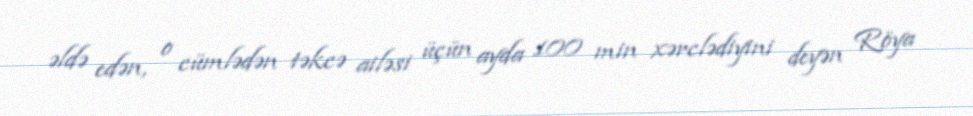
əldə edən, o cümlədən təkcə ailəsi üçün ayda 100 min xərclədiyini deyən Röya